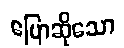
ပြောဆိုသော